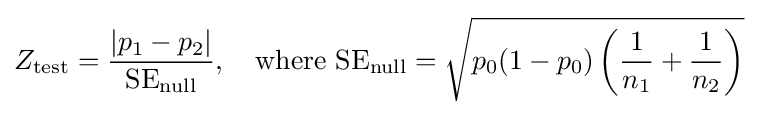
Z_{\text{test}}={\frac {|p_{1}-p_{2}|}{{\text{SE}}_{\text{null}}}},\quad {\text{where }}{\text{SE}}_{\text{null}}={\sqrt {p_{0}(1-p_{0})\left({\frac {1}{n_{1}}}+{\frac {1}{n_{2}}}\right)}}